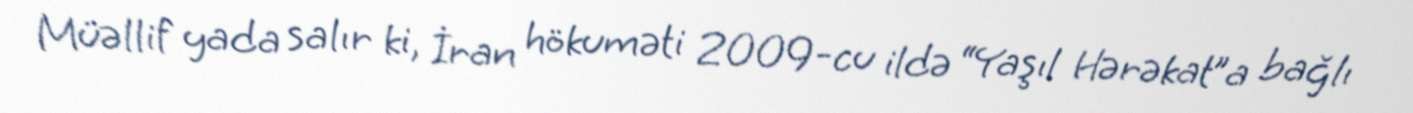
Müəllif yada salır ki, İran hökuməti 2009-cu ildə “Yaşıl Hərəkat”a bağlı